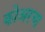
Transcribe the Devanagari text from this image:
कोअरचा